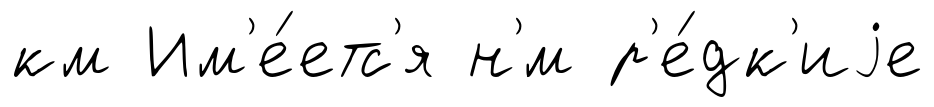
км Им'е́етс'я н'́м р'е́дк'иjе